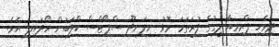
ދިވެހި ޕްރިމިއާ ލީގުގެ ފުރަތަމަ މޮޅު ނިލަނދޫ ސްޕޯޓްސް ކްލަބުން ހޯދައިފި އެވެ.